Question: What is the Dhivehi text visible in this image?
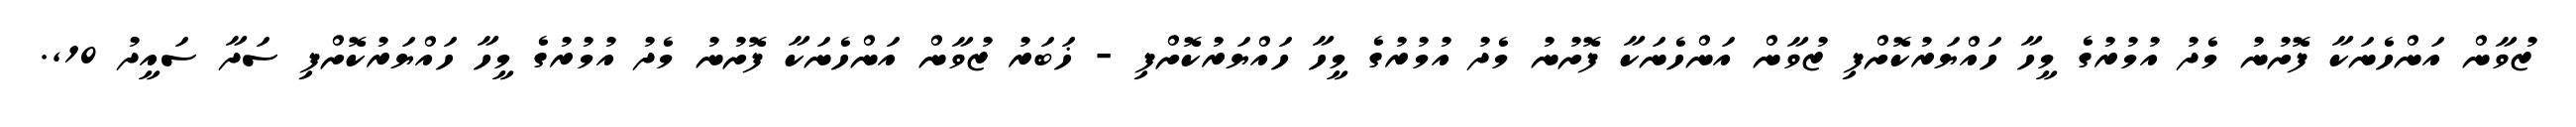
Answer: ޒުވާން އަންހެނަކާ ފޮށުނު މެދު އުމުރުގެ މީހާ ހައްޔަރުކޮށްފި ޒުވާން އަންހެނަކާ ފޮށުނު މެދު އުމުރުގެ މީހާ ހައްޔަރުކޮށްފި - ޚަބަރު ޒުވާން އަންހެނަކާ ފޮށުނު މެދު އުމުރުގެ މީހާ ހައްޔަރުކޮށްފި ސަދާ ސައީދު 10,.